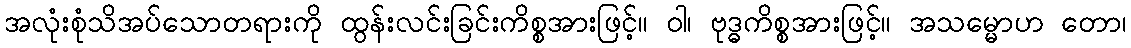
အလုံးစုံသိအပ်သောတရားကို ထွန်းလင်းခြင်းကိစ္စအားဖြင့်။ ဝါ၊ ဗုဒ္ဓကိစ္စအားဖြင့်။ အသမ္မောဟ တော၊